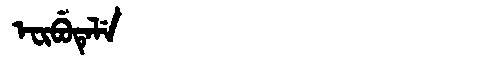
Manchu: ᡝᠸᡳᠪᡠᡨᡝᠯᡝ
Romanization: EFIBUTELE